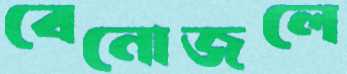
বেনোজলে